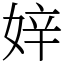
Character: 㛙